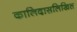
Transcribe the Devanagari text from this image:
कालिदासलिखित